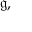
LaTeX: { \mathfrak { g } } ,